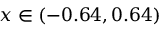
x \in ( - 0 . 6 4 , 0 . 6 4 )